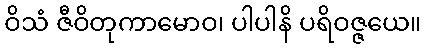
ဝိသံ ဇီဝိတုကာမောဝ၊ ပါပါနိ ပရိဝဇ္ဇယေ။